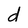
Character: d